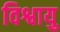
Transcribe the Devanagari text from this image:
विश्वायु